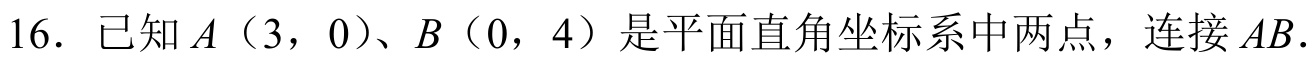
16. 已知\(A(3,0)\)、\(B(0,4)\)是平面直角坐标系中两点，连接\(AB\).